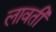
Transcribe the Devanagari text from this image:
लावती